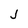
Character: j